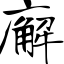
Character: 廨